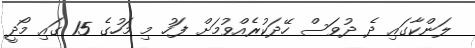
ލަންކާގައި ދެ ދުވަސް ހޭދަކުރެއްވުމަށް ފަހު މި މަހުގެ 15 ގައި މޯދީ